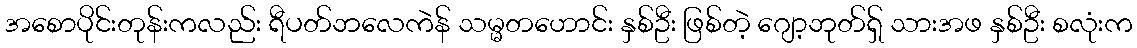
အစောပိုင်းတုန်းကလည်း ရီပတ်ဘလေကဲန် သမ္မတဟောင်း နှစ်ဦး ဖြစ်တဲ့ ဂျော့ဘုတ်ရှ် သားအဖ နှစ်ဦး စလုံးက